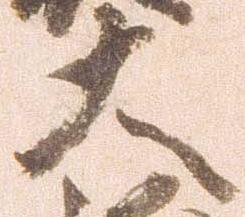
大